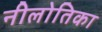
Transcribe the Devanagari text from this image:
नीलोतिका